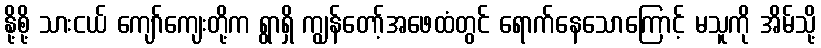
နို့စို့ သားငယ် ကျော်ကျေးတို့က ရွာရှိ ကျွန်တော့်အဖေထံတွင် ရောက်နေသောကြောင့် မသူကို အိမ်သို့